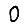
Digit: 0